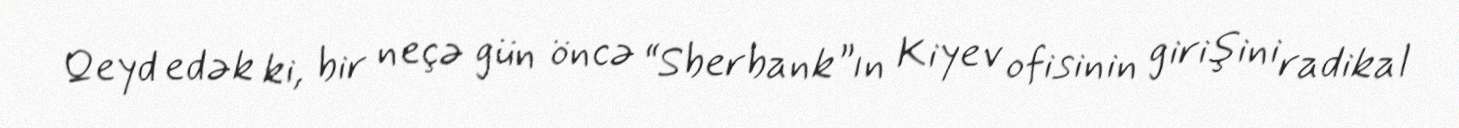
Qeyd edək ki, bir neçə gün öncə “Sberbank”ın Kiyev ofisinin girişini radikal